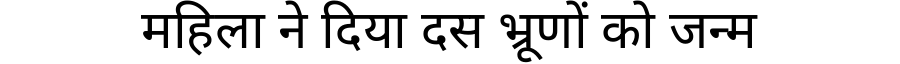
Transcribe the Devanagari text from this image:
महिला ने दिया दस भ्रूणों को जन्म